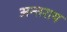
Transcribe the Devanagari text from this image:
अन्तराय